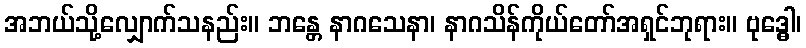
အဘယ်သို့လျှောက်သနည်း။ ဘန္တေ နာဂသေနာ၊ နာဂသိန်ကိုယ်တော်အရှင်ဘုရား။ ဗုဒ္ဓေါ၊